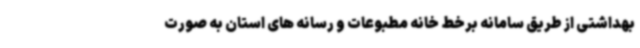
بهداشتی از طریق سامانه برخط خانه مطبوعات و رسانه های استان به صورت